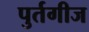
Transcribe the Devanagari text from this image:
पुर्तगीज